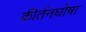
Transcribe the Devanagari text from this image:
कीर्तनघोषा